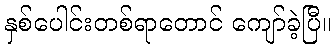
နှစ်ပေါင်းတစ်ရာတောင် ကျော်ခဲ့ပြီ။